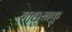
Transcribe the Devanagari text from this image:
याकुसाकु